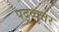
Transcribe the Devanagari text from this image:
पद्व्वुत्तर